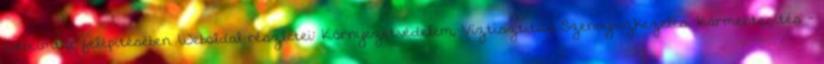
webcímtár felépítésében. Weboldal részletei: Környezetvédelem, Víztisztítás, Szennyvízkezelés, Kármentesítés -